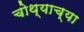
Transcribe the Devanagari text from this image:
चोथ्याच्या